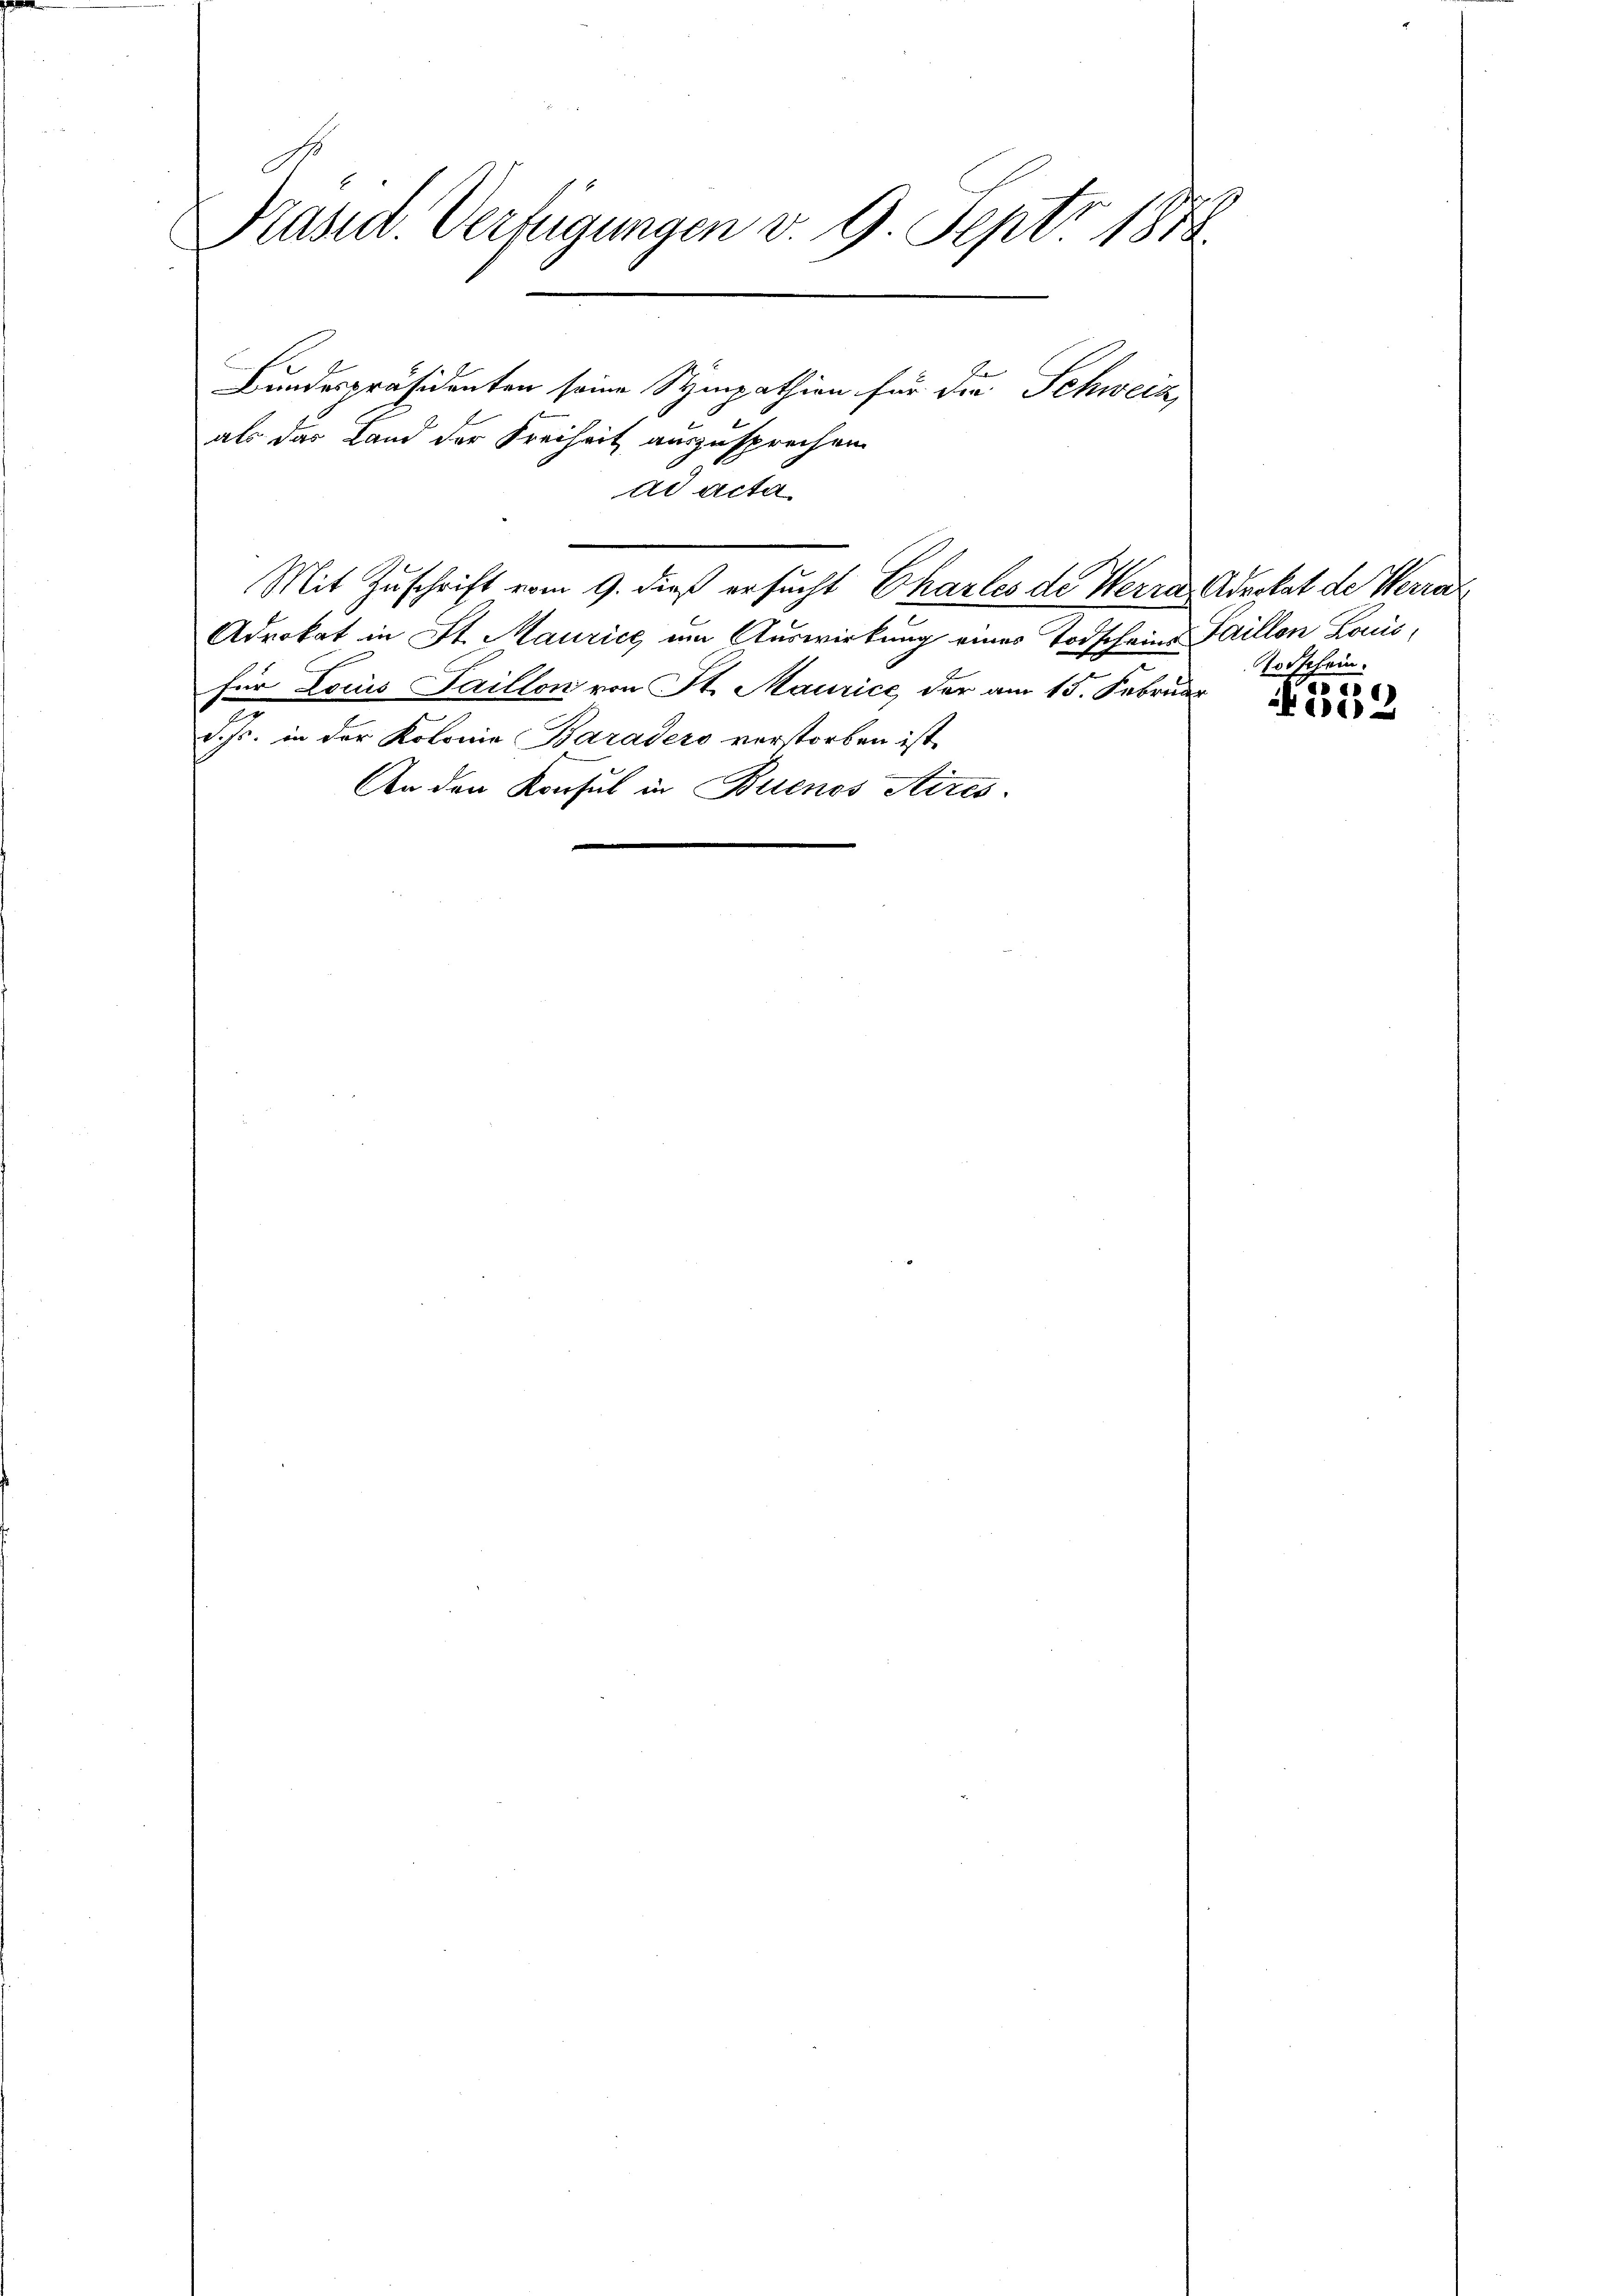
Praset. Verfügungen v. 9. Sept. 1872.
Bundespräsidenten seine Sympathion für die Schweiz
als das Land der Freiheit auszusprechen

ad acta.
Mit Zuschrift vom 9. dieß ersucht Charles de Werra, Advokat de Werrat
Advokat in St. Maurice im Auswirkung eines Todscheine Saillen Lausfür Locus Saillon von St. Maurice der am 15. Februar
d. Js. in der Kolonia Baradero verstorben ist,
An den Konsul in Buenos Aires.

Vorschein.

5
ke